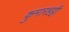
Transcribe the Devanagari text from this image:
कुमारहट्टी